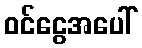
ဝင်ငွေအပေါ်